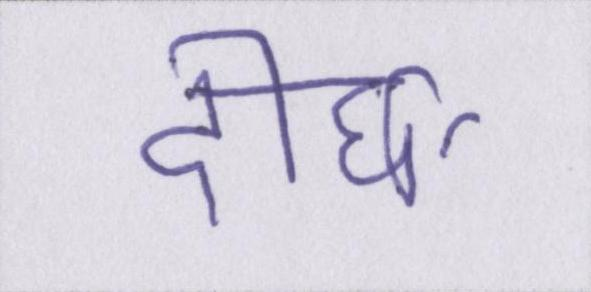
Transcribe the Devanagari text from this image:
दीर्घा